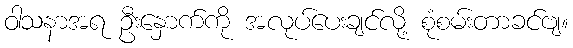
ဝါသနာအရ ဦးနှောက်ကို အလုပ်ပေးချင်လို့ စုံစမ်းတာခင်ဗျ။